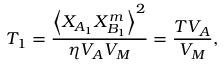
{ { T } _ { 1 } } = \frac { { \left\langle { { X } _ { A _ { 1 } } } { { X } _ { B _ { 1 } } ^ { m } } \right\rangle } ^ { 2 } } { \eta { V _ { A } V _ { M } } } = \frac { T { { V } _ { A } } } { { { V } _ { M } } } ,